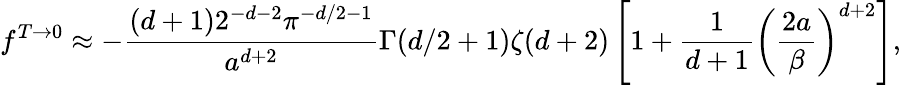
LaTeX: f^{T\to 0}\approx-{\frac{(d+1)2^{-d-2}\pi^{-d/2-1}}{a^{d+2}}}\Gamma(d/2+1)\zeta(d+2)\left[1+{\frac{1}{d+1}}\left(\frac{2a}{\beta}\right)^{d+2}\right],